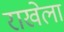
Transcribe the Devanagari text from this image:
राखेला